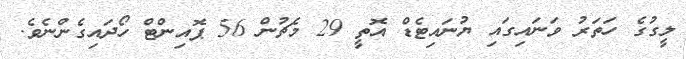
ލީގުގެ ހަތަރު ވަނައިގައި ޔުނައިޓެޑް އޮތީ 29 މެޗުން 56 ޕޮއިންޓް ހޯދައިގެންނެވެ.